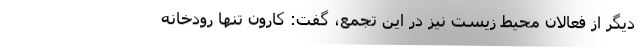
دیگر از فعالان محیط زیست نیز در این تجمع، گفت: کارون تنها رودخانه